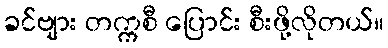
ခင်ဗျား တက္ကစီ ပြောင်း စီးဖို့လိုတယ်။